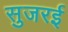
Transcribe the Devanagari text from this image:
सुजरई